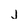
Character: j